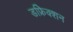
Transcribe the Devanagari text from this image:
डफ्रेिक्शन